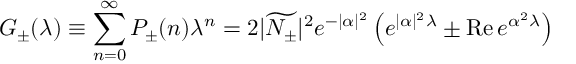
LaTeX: G _ { \pm } ( \lambda ) \equiv \sum _ { n = 0 } ^ { \infty } P _ { \pm } ( n ) \lambda ^ { n } = 2 | \widetilde { N _ { \pm } } | ^ { 2 } e ^ { - | \alpha | ^ { 2 } } \left( e ^ { | \alpha | ^ { 2 } \lambda } \pm \mathrm { R e } \, e ^ { \alpha ^ { 2 } \lambda } \right)